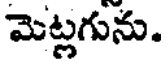
మెట్లగును.